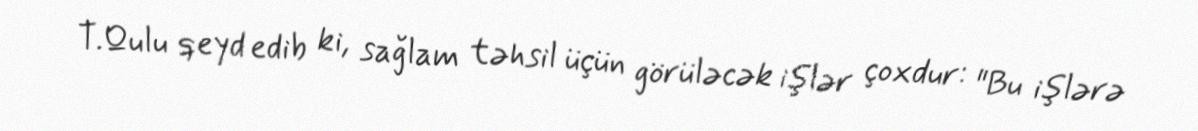
T.Qulu qeyd edib ki, sağlam təhsil üçün görüləcək işlər çoxdur: "Bu işlərə